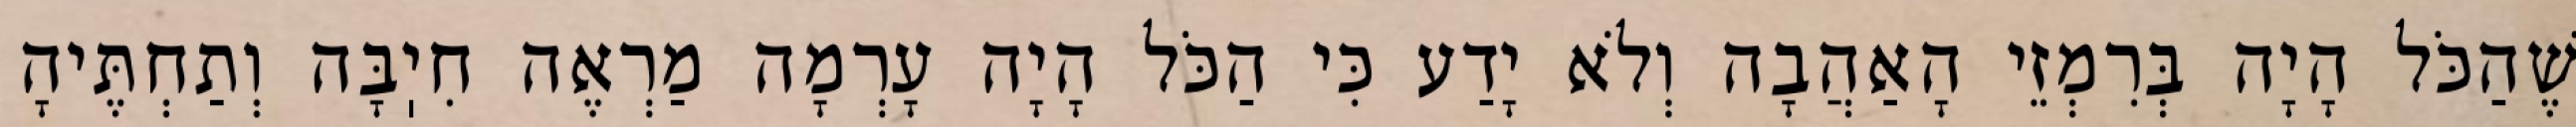
שֶׁהַכֹּל הָיָה בְּרִמְזֵי הָאַהֲבָה וְלֹא יָדַע כִּי הַכֹּל הָיָה עָרְמָה מַרְאֶה חִיֽבָּה וְתַחְתֶּיהָ